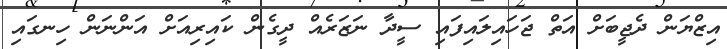
އިޒްޔަން ދެޖީބަށް އަތް ޖަހައިލައިފައި ސީދާ ނަޒަރެއް ދީގެން ކައިރިއަށް އަންނަން ހިނގައި